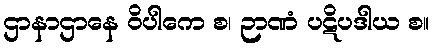
ဌာနာဌာနေ ဝိပါကေ စ၊ ဉာဏံ ပဋိပဒါယ စ။